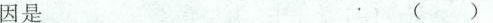
因是 ( )